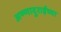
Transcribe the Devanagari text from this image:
अण्णादुराईंच्या